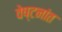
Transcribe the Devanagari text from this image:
वेष्टनांत